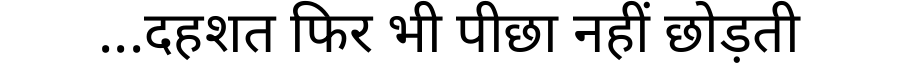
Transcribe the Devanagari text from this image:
...दहशत फिर भी पीछा नहीं छोड़ती